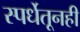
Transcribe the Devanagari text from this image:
स्पर्धेतूनही